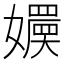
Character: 𡣬